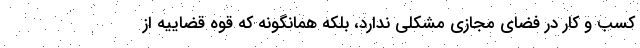
کسب و کار در فضای مجازی مشکلی ندارد، بلکه همانگونه که قوه قضاییه از